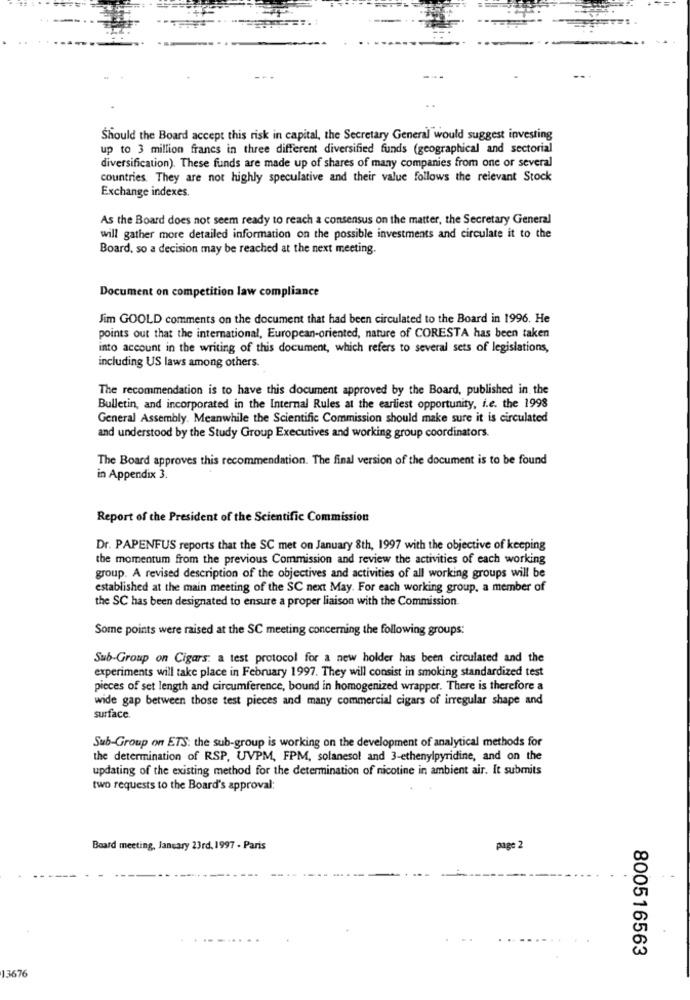
Should the Board accept this risk in capital, the Secretary General would suggest investing
up to 3 million francs in three different diversified funds (geographical and sectorial
diversification). These funds are made up of shares of many companies from one or several
countries. They are not highly speculative and their value follows the relevant Stock
Exchange indexes.
As the Board does not seem ready to reach a consensus on the matter, the Secretary General
will gather more detailed information on the possible investments and circulate it to the
Board, so a decision may be reached at the next meeting.
Document on competition law compliance
Jim GOOLD comments on the document that had been circulated to the Board in 1996. He
points out that the international, European-oriented, nature of CORESTA has been taken
into account in the writing of this document, which refers to several sets of legislations,
including US laws among others.
The recommendation is to have this document approved by the Board, published in the
Bulletin, and incorporated in the Internal Rules at the earliest opportunity, i.e. the 1998
General Assembly. Meanwhile the Scientific Commission should make sure it is circulated
and understood by the Study Group Executives and working group coordinators.
The Board approves this recommendation. The final version of the document is to be found
in Appendix 3.
Report of the President of the Scientific Commission
Dr. PAPENFUS reports that the SC met on January 8th, 1997 with the objective of keeping
the momentum from the previous Commission and review the activities of each working
group. A revised description of the objectives and activities of all working groups will be
established at the main meeting of the SC next May. For each working group, a member of
the SC has been designated to ensure a proper liaison with the Commission
Some points were raised at the SC meeting concerning the following groups:
Sub-Group on Cigars: a test protocol for a new holder has been circulated and the
experiments will take place in February 1997. They will consist in smoking standardized test
pieces of set length and circumference, bound in homogenized wrapper. There is therefore a
wide gap between those test pieces and many commercial cigars of irregular shape and
surface.
Sub-Group on ETS: the sub-group is working on the development of analytical methods for
the determination of RSP, UVPM, FPM, solanesol and 3-ethenylpyridine, and on the
updating of the existing method for the determination of nicotine in ambient air. It submits
two requests to the Board's approval:
Board meeting, January 23rd. 1997 - Paris
page 2
800516563
13676